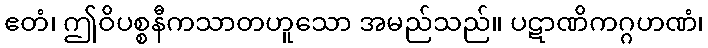
ဧတံ၊ ဤဝိပစ္စနီကသာတဟူသော အမည်သည်။ ပဋာဏိကဂ္ဂဟဏံ၊